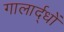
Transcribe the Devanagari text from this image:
गालार्द्धों